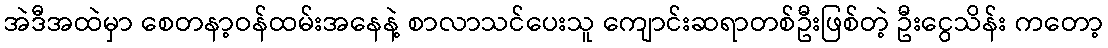
အဲဒီအထဲမှာ စေတနာ့ဝန်ထမ်းအနေနဲ့ စာလာသင်ပေးသူ ကျောင်းဆရာတစ်ဦးဖြစ်တဲ့ ဦးငွေသိန်း ကတော့